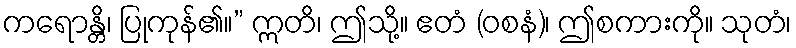
ကရောန္တိ၊ ပြုကုန်၏။” ဣတိ၊ ဤသို့။ ဧတံ (ဝစနံ)၊ ဤစကားကို။ သုတံ၊